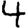
Digit: 4